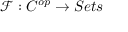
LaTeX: { \mathcal { F } } : C ^ { o p } \to S e t s